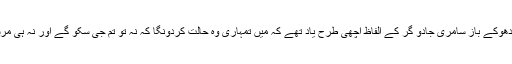
اسے اس دھوکے باز سامری جادو گر کے الفاظ اچھی طرح یاد تھے کہ میں تمہاری وہ حالت کردونگا کہ نہ تو تم جی سکو گے اور نہ ہی مرسکو گے۔